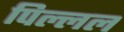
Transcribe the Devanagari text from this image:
पिल्लल